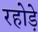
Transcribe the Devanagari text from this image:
रहोड़े